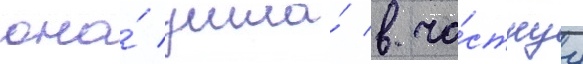
она́ ушла́ в ча́стнуу